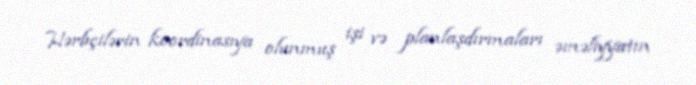
Hərbçilərin koordinasıya olunmuş işi və planlaşdırmaları əməliyyatın